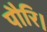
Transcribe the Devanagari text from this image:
पौरि।